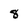
Character: 8